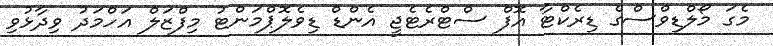
މެގަ މޯލްޑިވްސްގެ ޑިރެކްޓާ އޮފް ސްޓްރެޓެޖީ އެންޑް ޑިވެލޮޕްމަންޓު މިފްޒަލް އަހްމަދު ވިދާޅުވި